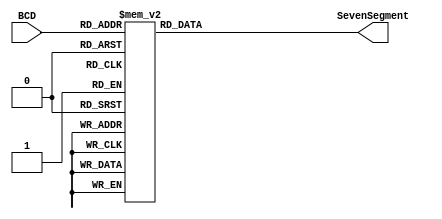
`timescale 1ns / 1ps
module BCD_Decoder(
     input [3:0]BCD,
     output reg [6:0]SevenSegment
    );
    
    //------------------------------------------------------------------------------
    // Combinational circuit to convert BCD input to seven-segment output
    always @(BCD) 
    begin
    case(BCD)
        // gfedcba
        4'd0 : SevenSegment <= 7'b0111111;  //3F     a
        4'd1 : SevenSegment <= 7'b0000110;  //06    ----
        4'd2 : SevenSegment <= 7'b1011011;  //5B   |   |
        4'd3 : SevenSegment <= 7'b1001111;  //4F  f| g |b
        4'd4 : SevenSegment <= 7'b1100110;  //66    ----
        4'd5 : SevenSegment <= 7'b1101101;  //6D   |   |
        4'd6 : SevenSegment <= 7'b1111101;  //7D  e|   |c
        4'd7 : SevenSegment <= 7'b0000111;  //07    ----
        4'd8 : SevenSegment <= 7'b1111111;  //7F     d
        4'd9 : SevenSegment <= 7'b1101111;  //6F
        4'd10 : SevenSegment <= 7'b1110111;  //a   
        4'd11 : SevenSegment <= 7'b1111100;  //b
        4'd12 : SevenSegment <= 7'b1011000;  //c     
        4'd13 : SevenSegment <= 7'b1011110;  //d
        4'd14 : SevenSegment <= 7'b1001111;  //e
        4'd15 : SevenSegment <= 7'b1110001;  //f   
    default: SevenSegment <= 7'b0000000;
    endcase
    end
    //---------------------------------------------------------------------------------
    
endmodule